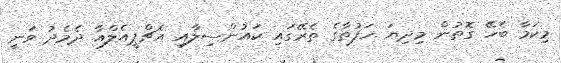
މިކަމާ ބެހޭ ގޮތުން މިދިޔަ ހަފުތާގެ ތެރޭގައި ކައުންސިލާއި އެޗްޕީއެލްއާ ދެމެދު ވަނީ